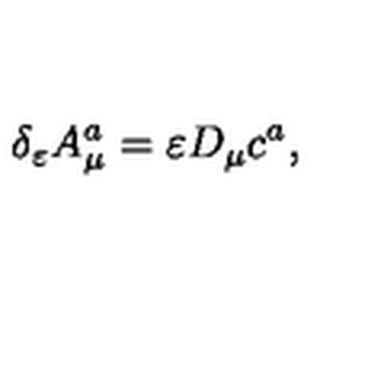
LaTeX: \delta _ { \varepsilon } A _ { \mu } ^ { a } = \varepsilon D _ { \mu } c ^ { a } ,